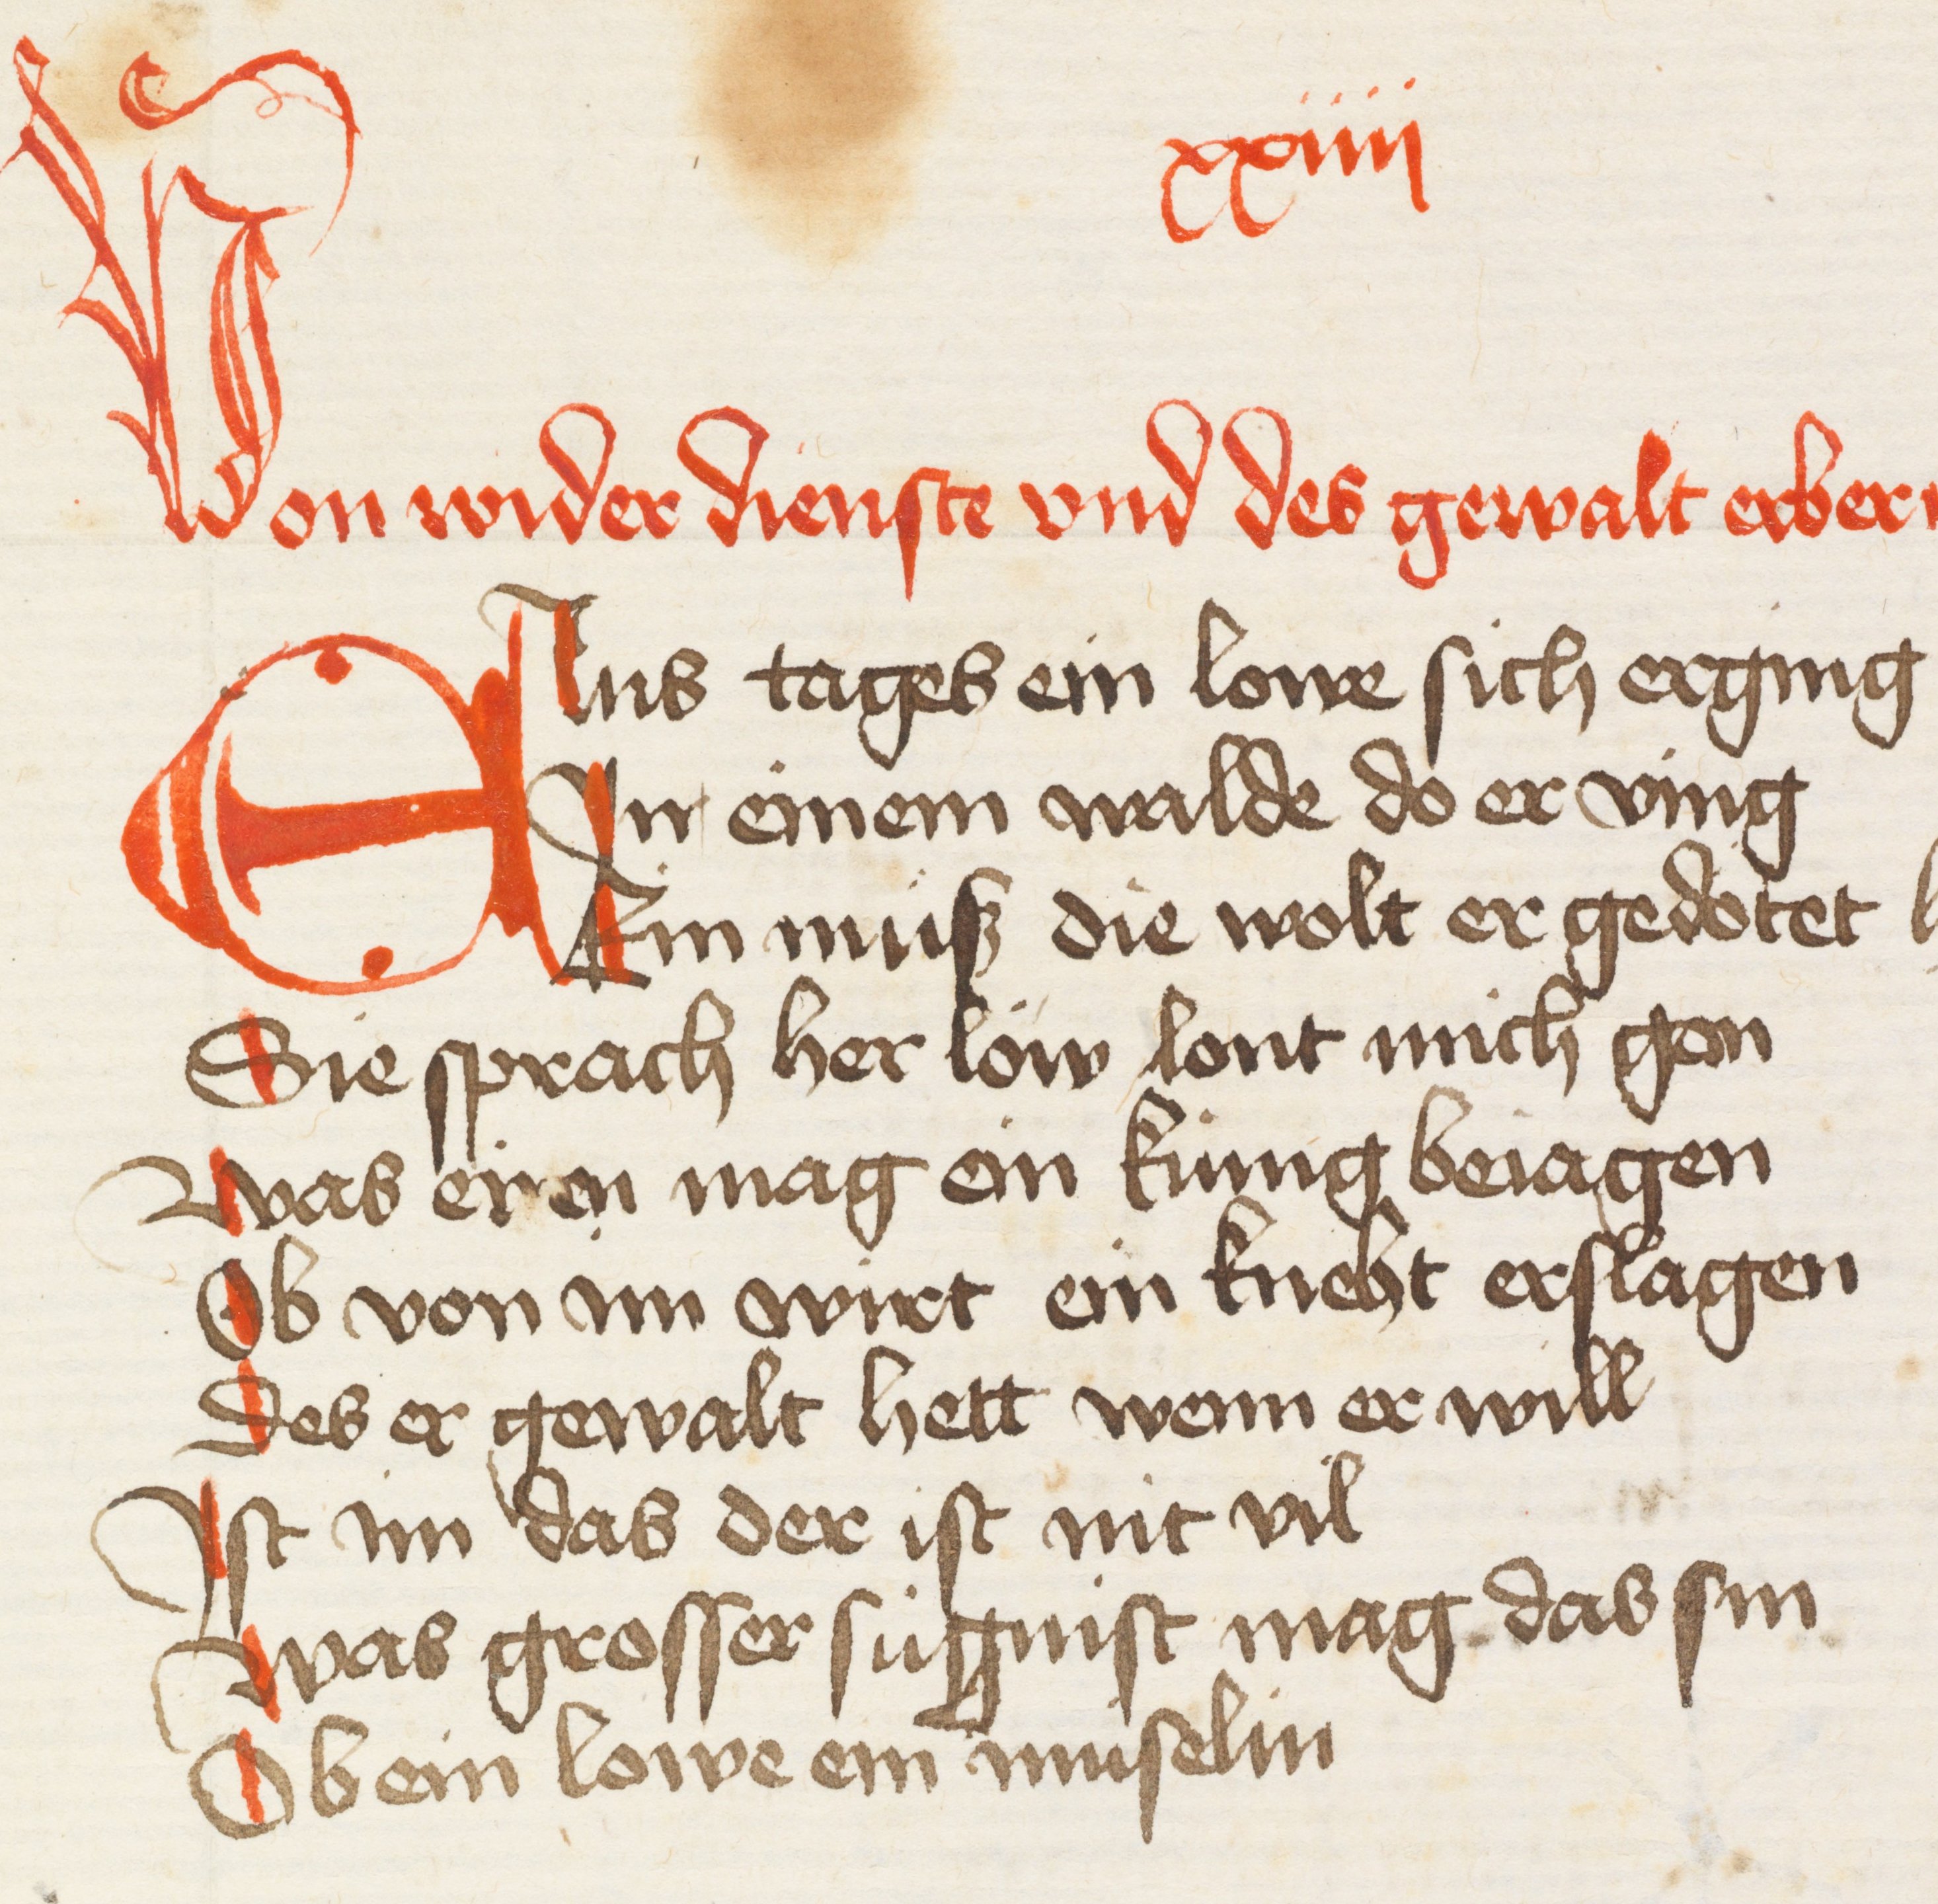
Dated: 1440–1475